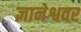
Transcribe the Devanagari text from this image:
ज्ञानेश्ववर